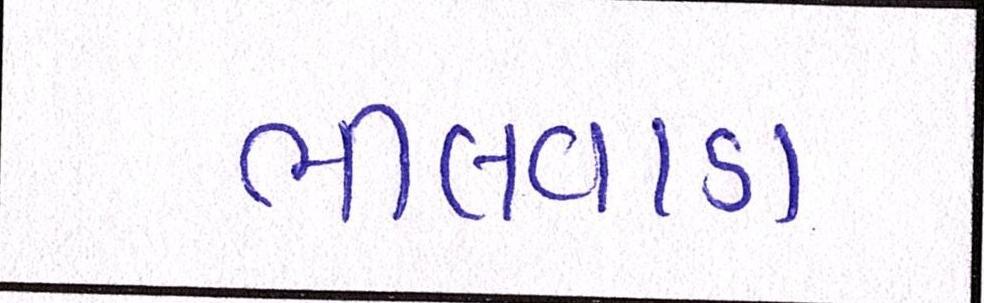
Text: ભીલવાડા